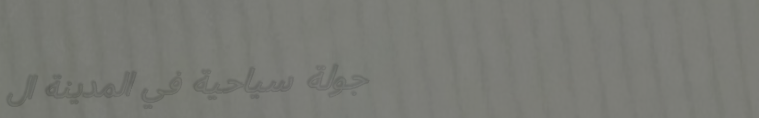
جولة سياحية في المدينة ال